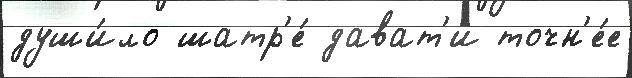
души́ло шатр'е́ дават'и точн'е́е